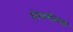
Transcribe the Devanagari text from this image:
मित्रमेळावा